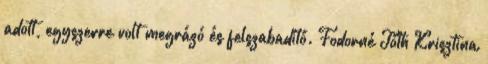
adott, egyszerre volt megrázó és felszabadító. Fodorné Tóth Krisztina